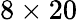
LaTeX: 8\times 20